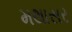
મથાસર